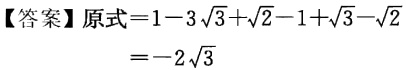
【答案】原式\(=1 - 3\sqrt{3}+\sqrt{2}-1+\sqrt{3}-\sqrt{2}\)

\(=-2\sqrt{3}\)